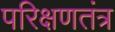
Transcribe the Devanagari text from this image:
परिक्षणतंत्र